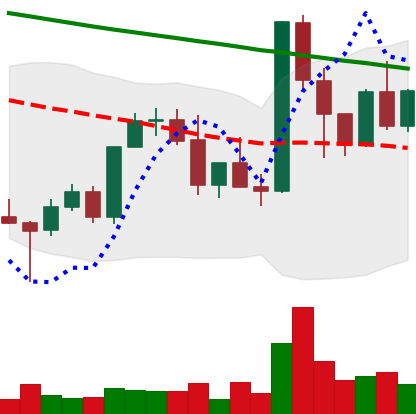
Ticker: XMR-USD
Chart end date: 2022-03-14
Forward return: 6.363%
Label: up_5_7